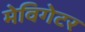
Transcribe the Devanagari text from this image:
मेविगेटर